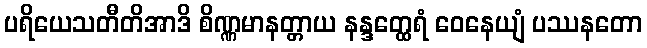
ပရိယေသတီတိအာဒိ စိဏ္ဏမာနတ္တာယ နန္ဒတ္ထေရံ ဝေနေယျံ ပဿနတော